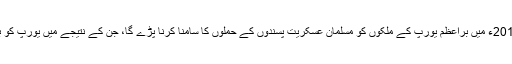
انہوں نے یہ پیشن گوئی بھی کی تھی کہ 2016ء میں براعظم یورپ کے ملکوں کو مسلمان عسکریت پسندوں کے حملوں کا سامنا کرنا پڑے گا، جن کے نتیجے میں یورپ کو بھاری جانی اور مالی نقصان اٹھانا پڑے گا۔